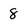
Character: 8